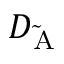
D _ { \mathrm { \tilde { A } } }